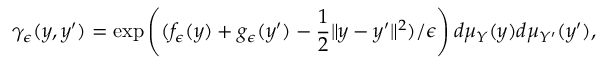
\gamma _ { \epsilon } ( y , y ^ { \prime } ) = \exp \left( ( f _ { \epsilon } ( y ) + g _ { \epsilon } ( y ^ { \prime } ) - \frac { 1 } { 2 } \| y - y ^ { \prime } \| ^ { 2 } ) / \epsilon \right) d \mu _ { Y } ( y ) d \mu _ { Y ^ { \prime } } ( y ^ { \prime } ) ,